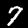
Label: 7